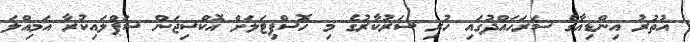
އުތުރު އިންޑިއާގެ ސަރަހައްދުގައި ހުރި ސަރުކާރުގެ މި ހޮސްޕިޓަލަށް އޮކްސިޖަން ސަޕްލައިކުރާ އަމިއްލަ